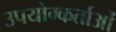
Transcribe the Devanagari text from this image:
उपयोग्कर्ताओं